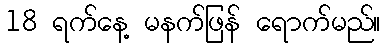
18 ရက်နေ့ မနက်ဖြန် ရောက်မည်။